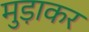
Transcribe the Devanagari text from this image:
मुड़ाकर